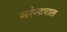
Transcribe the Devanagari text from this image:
नरेन्द्रपाल